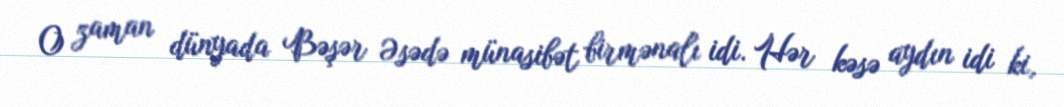
O zaman dünyada Bəşər Əsədə münasibət birmənalı idi. Hər kəsə aydın idi ki,